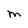
Character: M